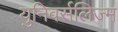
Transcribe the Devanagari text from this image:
युनिवर्सलिज्म